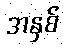
အနှစ်